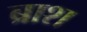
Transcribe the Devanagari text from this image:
ब्राश